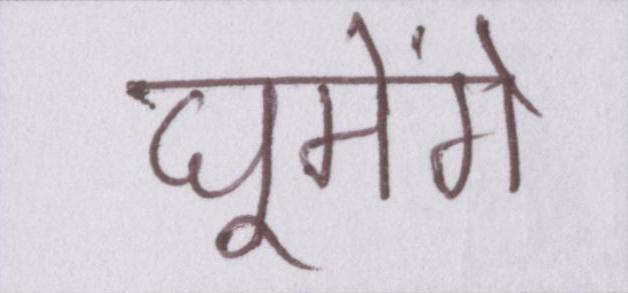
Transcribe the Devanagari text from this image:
घूमेंगे